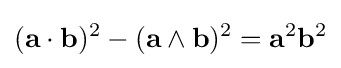
(\mathbf {a} \cdot \mathbf {b} )^{2}-(\mathbf {a} \wedge \mathbf {b} )^{2}=\mathbf {a} ^{2}\mathbf {b} ^{2}